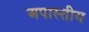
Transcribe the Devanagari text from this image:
अपास्तीय